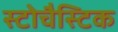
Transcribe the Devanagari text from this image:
स्टोचैस्टिक